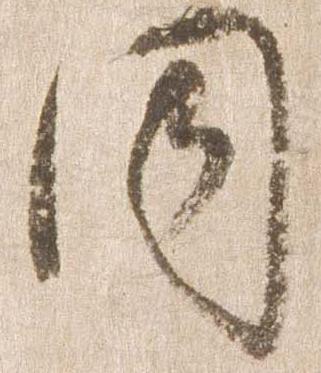
同